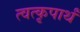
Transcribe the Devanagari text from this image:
त्वत्कृपार्थं